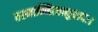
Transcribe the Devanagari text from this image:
तस्मान्नित्यानुवादः।